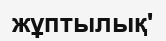
жұптылық'